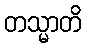
တသ္မာတိ